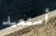
أستعيد